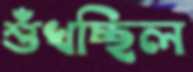
শুঁখচ্ছিল